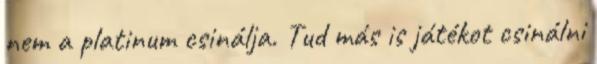
nem a platinum csinálja. Tud más is játékot csinálni